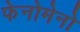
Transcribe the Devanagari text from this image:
फेनोमेनो